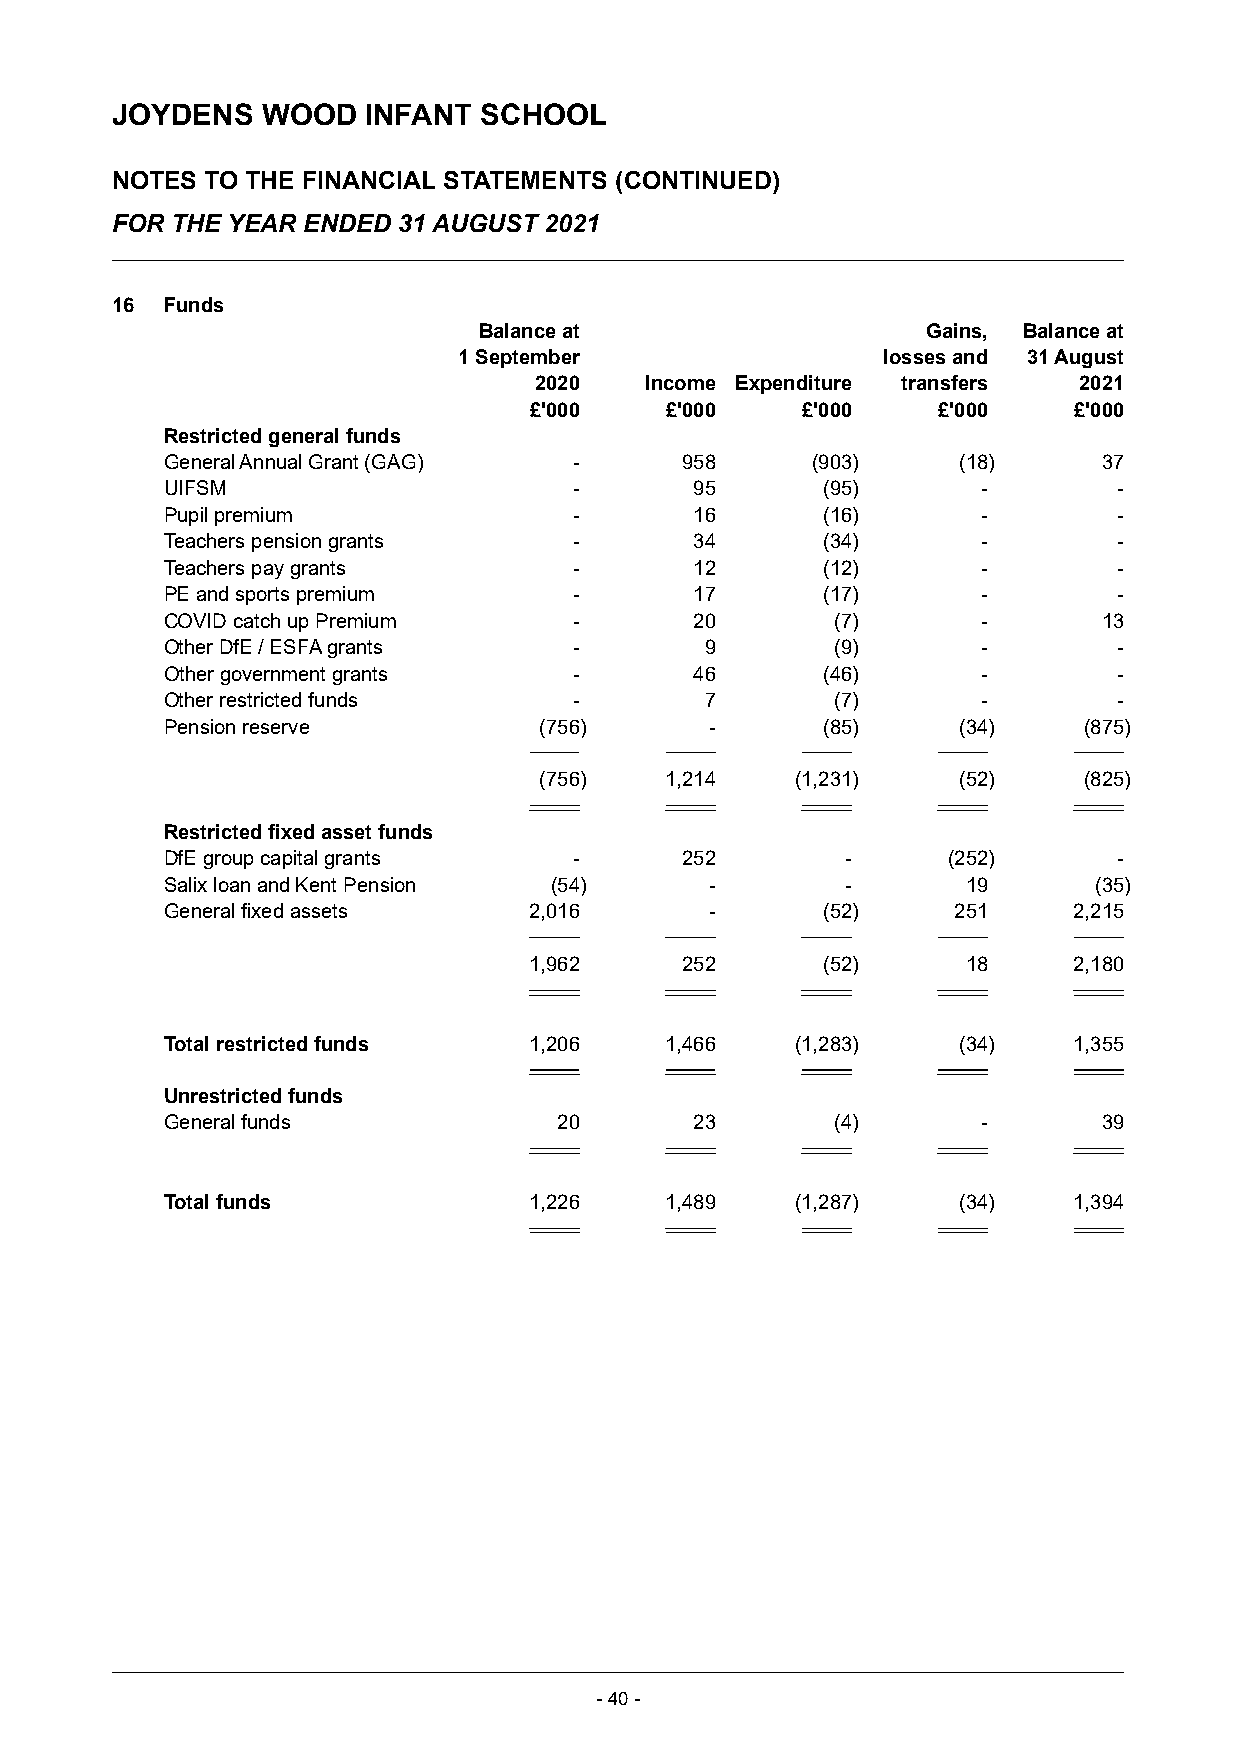
JOYDENS   WOOD   INFANT  SCHOOL
 NOTES  TO THE FINANCIAL STATEMENTS (CONTINUED)
 FOR THE YEAR ENDED 31 AUGUST 2021
 16  Funds
 Balance at                   Gains, Balance at
 1 September                 losses and 31 August
 2020    Income Expenditure transfers 2021
 £'000    £'000    £'000    £'000    £'000
 Restricted general funds
 General Annual Grant (GAG) -      958      (903)    (18)      37
 UIFSM                      -       95      (95)       -        -
 Pupil premium              -       16      (16)       -        -
 Teachers pension grants    -       34      (34)       -        -
 Teachers pay grants        -       12      (12)       -        -
 PE and sports premium      -       17      (17)       -        -
 COVID catch up Premium     -       20       (7)       -       13
 Other DfE / ESFA grants    -        9       (9)       -        -
 Other government grants    -       46      (46)       -        -
 Other restricted funds     -        7       (7)       -        -
 Pension reserve          (756)      -      (85)     (34)     (875)
 (756)   1,214    (1,231)   (52)     (825)
 Restricted fixed asset funds
 DfE group capital grants   -      252        -      (252)      -
 Salix loan and Kent Pension (54)    -        -       19      (35)
 General fixed assets    2,016       -      (52)     251     2,215
 1,962     252      (52)      18     2,180
 Total restricted funds  1,206    1,466    (1,283)   (34)    1,355
 Unrestricted funds
 General funds             20       23       (4)       -       39
 Total funds             1,226    1,489    (1,287)   (34)    1,394
 -40 -